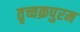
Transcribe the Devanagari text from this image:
तृच्चक्रपुरम